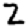
Digit: 2